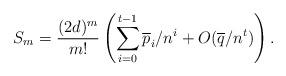
LaTeX: \begin{align*}S_m=\frac{(2d)^m}{m!}\left(\sum_{i=0}^{t-1}\overline{p}_i/n^i+O(\overline{q}/n^t)\right).\end{align*}